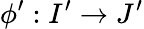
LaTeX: \phi^{\prime}:I^{\prime}\to J^{\prime}